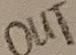
Text: OUT